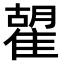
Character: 𩀉